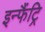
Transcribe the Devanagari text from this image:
इन्फैंट्रि